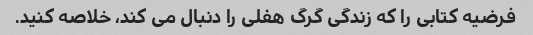
فرضیه کتابی را که زندگی گرگ هفلی را دنبال می کند، خلاصه کنید.